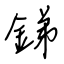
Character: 銻